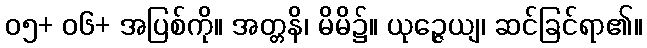
၀၅+ ၀၆+ အပြစ်ကို။ အတ္တနိ၊ မိမိ၌။ ယုဉ္ဇေယျ၊ ဆင်ခြင်ရာ၏။